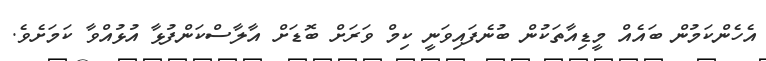
އެހެންކަމުން ބައެއް މީޑިއާތަކުން ބުނެފައިވަނީ ކިމް ވަރަށް ބޮޑަށް އާލާސްކަންފުޅާ އުޅުއްވާ ކަމަށެވެ.